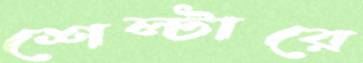
শেল্টারে